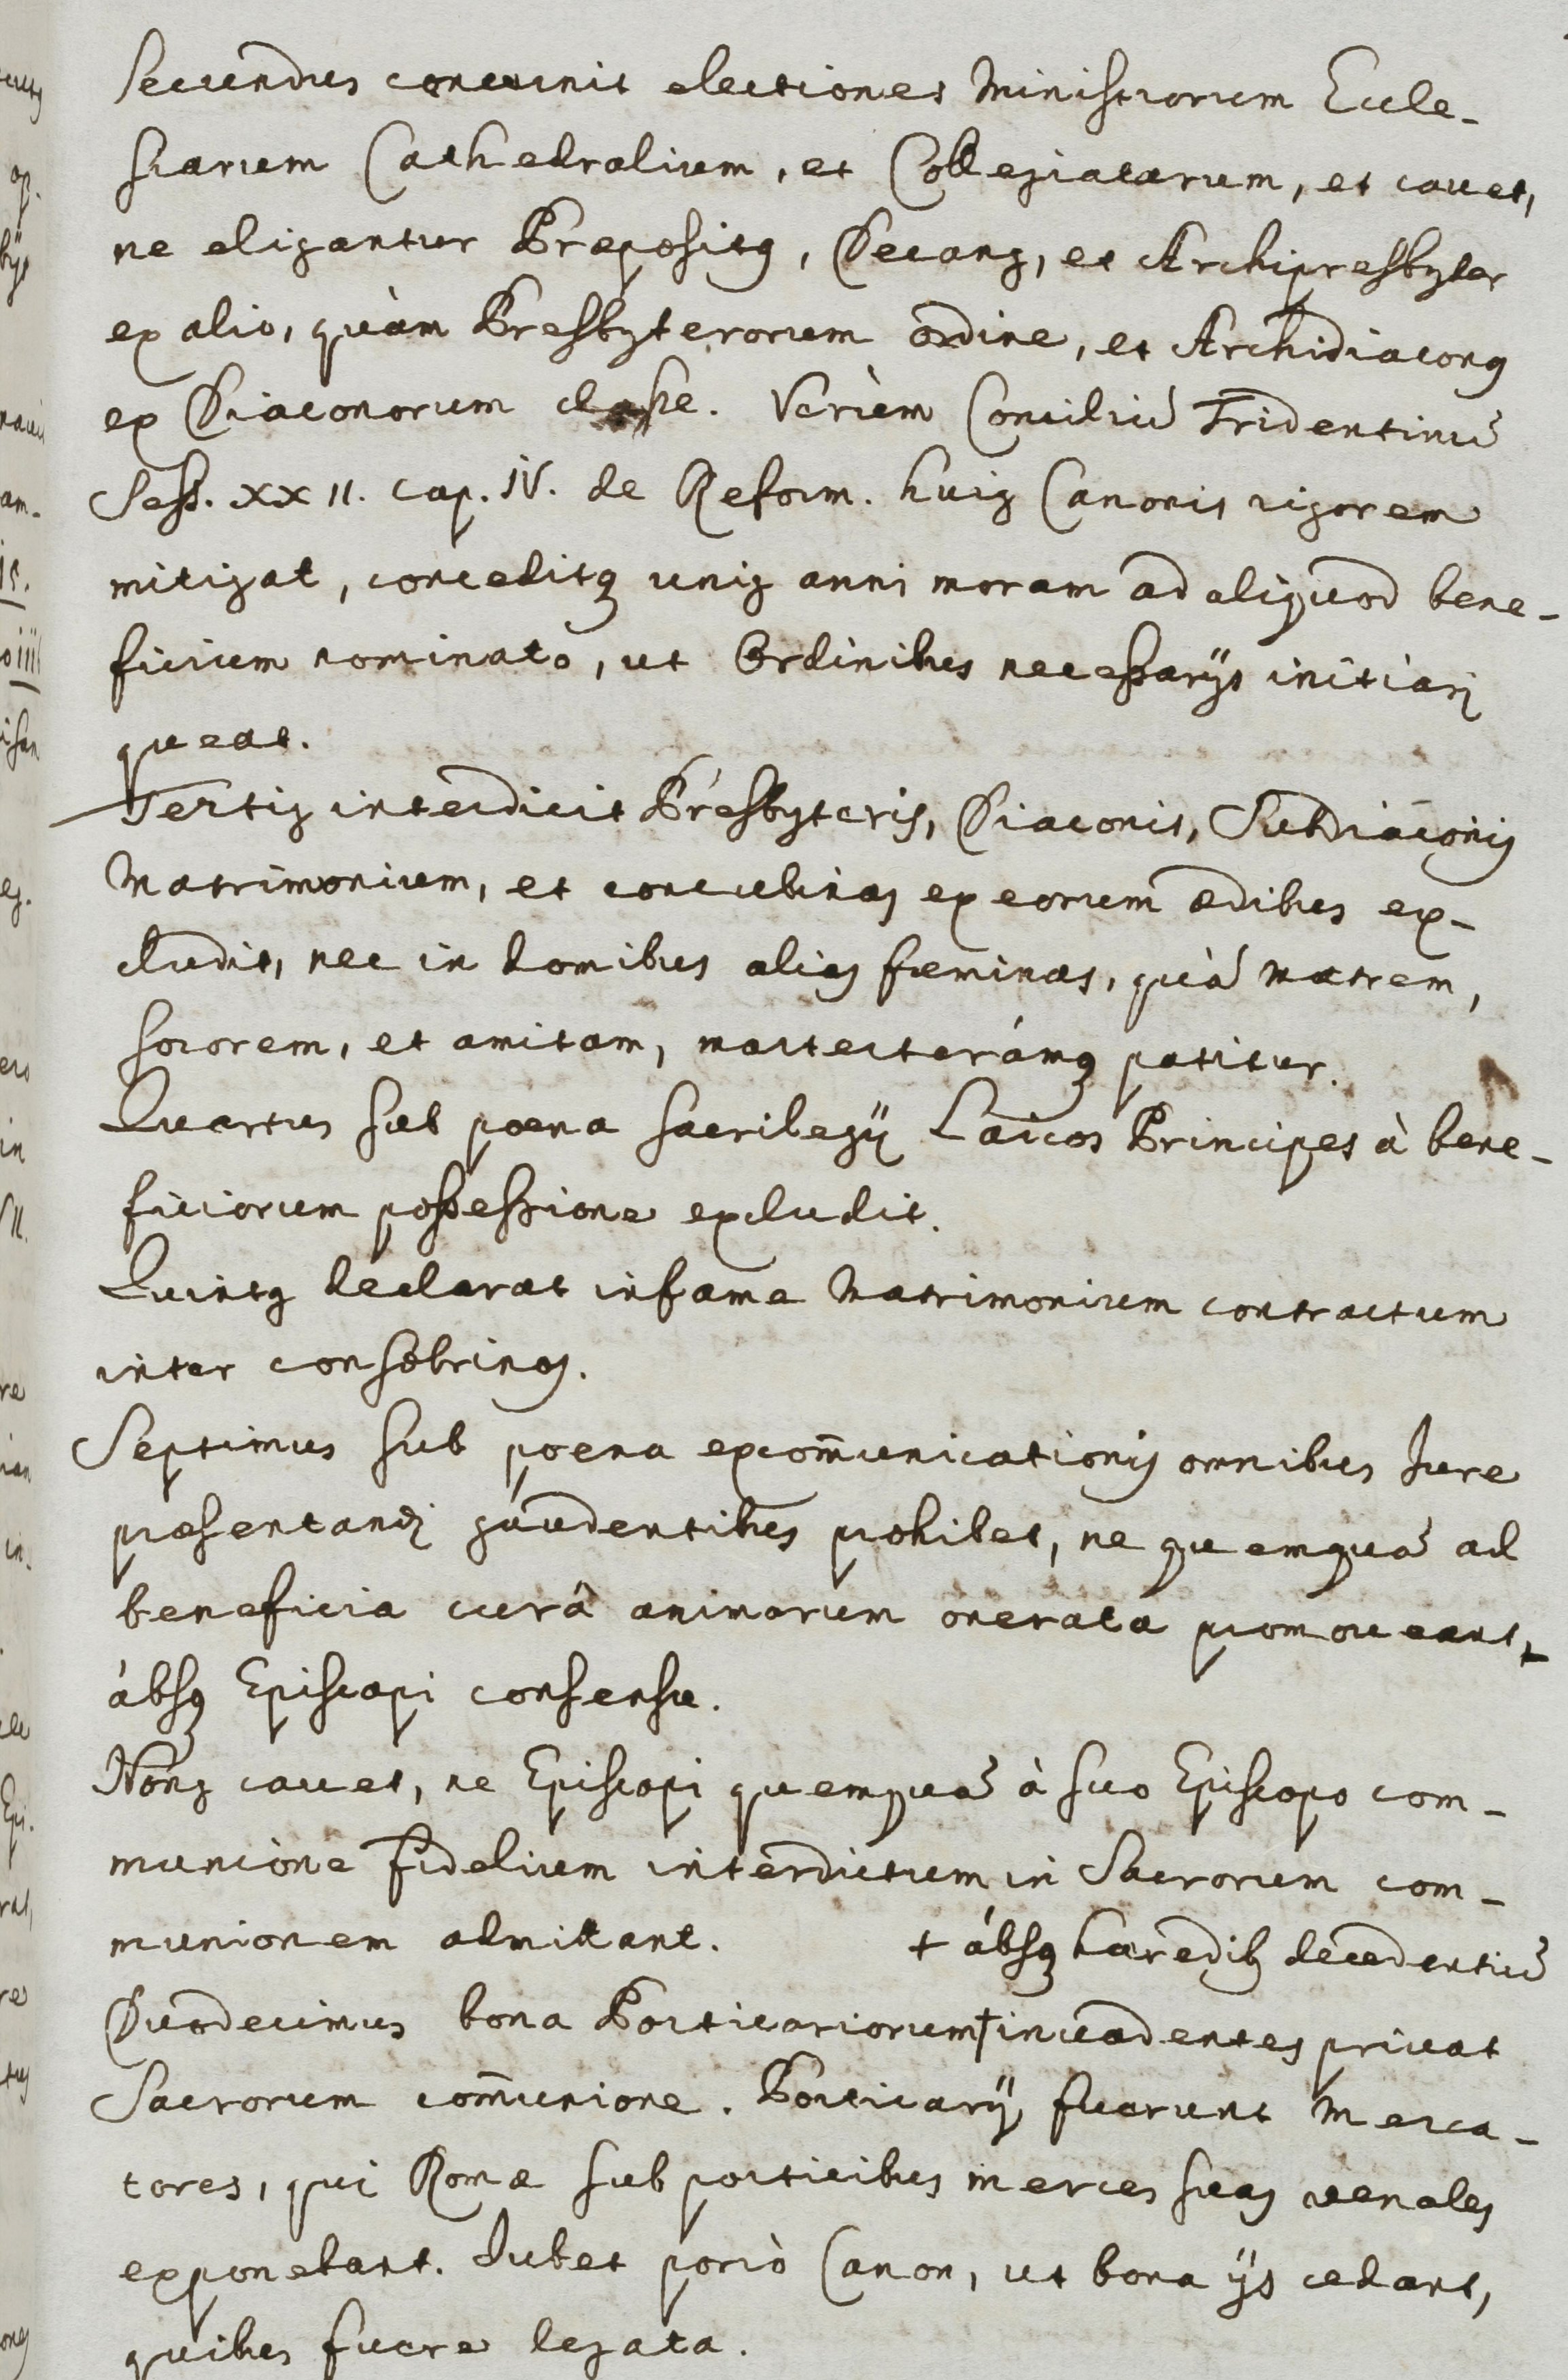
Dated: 1600–1699